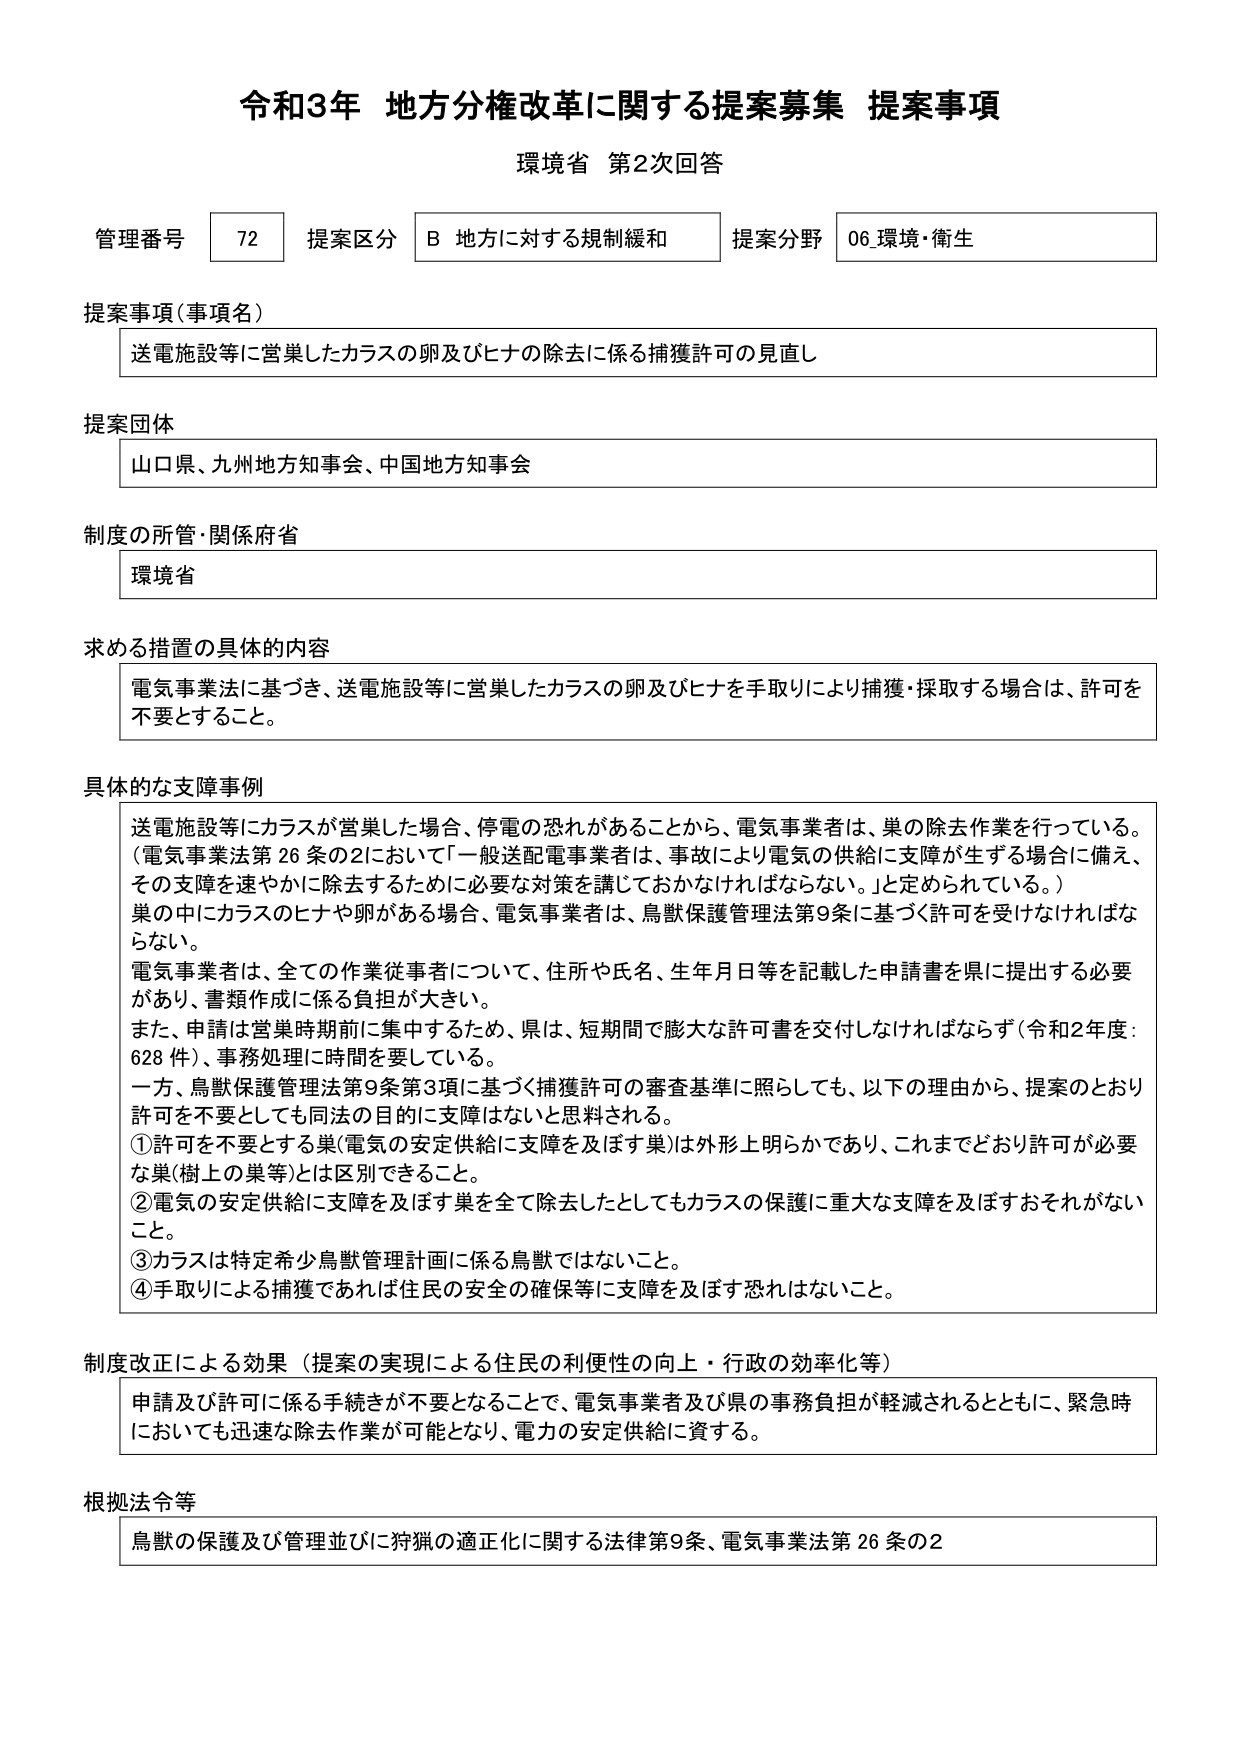
令和3年 地方分権改革に関する提案募集 提案事項
環境省 第2次回答

管理番号 72 提案区分 B 地方に対する規制緩和 提案分野 06 環境・衛生

提案事項（事項名）
送電施設等に営巣したカラスの卵及びヒナの除去に係る捕獲許可の見直し

提案団体
山口県、九州地方知事会、中国地方知事会

制度の所管・関係府省
環境省

求める措置の具体的内容
電気事業法に基づき、送電施設等に営巣したカラスの卵及びヒナを手取りにより捕獲・採取する場合は、許可を不要とすること。

具体的な支障事例
送電施設等にカラスが営巣した場合、停電の恐れがあることから、電気事業者は、巣の除去作業を行っている。
（電気事業法第26条の2において「一般送配電事業者は、事故により電気の供給に支障が生ずる場合に備え、その支障を速やかに除去するために必要な対策を講じておかなければならない。」と定められている。）
巣の中にカラスのヒナや卵がある場合、電気事業者は、鳥獣保護管理法第9条に基づく許可を受けなければならない。
電気事業者は、全ての作業従事者について、住所や氏名、生年月日等を記載した申請書を県に提出する必要があり、書類作成に係る負担が大きい。
また、申請は営巣時期前に集中するため、県は、短期間で膨大な許可書を交付しなければならず（令和2年度：628件）、事務処理に時間を要している。
一方、鳥獣保護管理法第9条第3項に基づく捕獲許可の審査基準に照らしても、以下の理由から、提案のとおり許可を不要としても同法の目的に支障はないと思料される。
①許可を不要とする巣（電気の安定供給に支障を及ぼす巣）は外形上明らかであり、これまでどおり許可が必要な巣（樹上の巣等）とは区別できること。
②電気の安定供給に支障を及ぼす巣を全て除去したとしてもカラスの保護に重大な支障を及ぼすおそれがないこと。
③カラスは特定希少鳥獣管理計画に係る鳥獣ではないこと。
④手取りによる捕獲であれば住民の安全の確保等に支障を及ぼす恐れはないこと。

制度改正による効果（提案の実現による住民の利便性の向上・行政の効率化等）
申請及び許可に係る手続きが不要となることで、電気事業者及び県の事務負担が軽減されるとともに、緊急時においても迅速な除去作業が可能となり、電力の安定供給に資する。

根拠法令等
鳥獣の保護及び管理並びに狩猟の適正化に関する法律第9条、電気事業法第26条の2